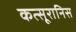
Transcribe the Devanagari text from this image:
कत्सूरानिस